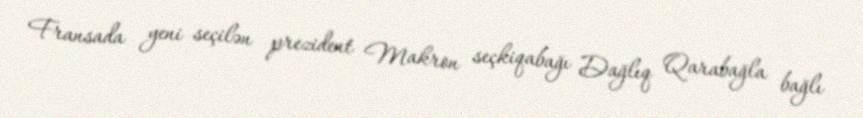
Fransada yeni seçilən prezident Makron seçkiqabağı Dağlıq Qarabağla bağlı